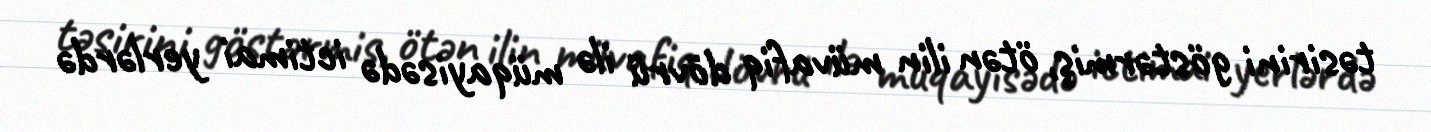
təsirini göstərmiş, ötən ilin müvafiq dövrü ilə müqayisədə ictimai yerlərdə